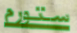
ستورم